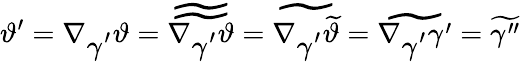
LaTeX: \vartheta^{\prime}=\nabla_{\displaystyle\gamma^{\prime}}\vartheta=\widetilde{\widetilde{\nabla_{\displaystyle\gamma^{\prime}}\vartheta}}=\widetilde{\nabla_{\displaystyle\gamma^{\prime}}\widetilde{\vartheta}}=\widetilde{\nabla_{\displaystyle\gamma^{\prime}}\gamma^{\prime}}=\widetilde{\gamma^{\prime\prime}}